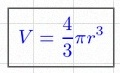
V=\frac43\pi r^3